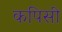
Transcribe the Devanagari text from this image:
कपिसी